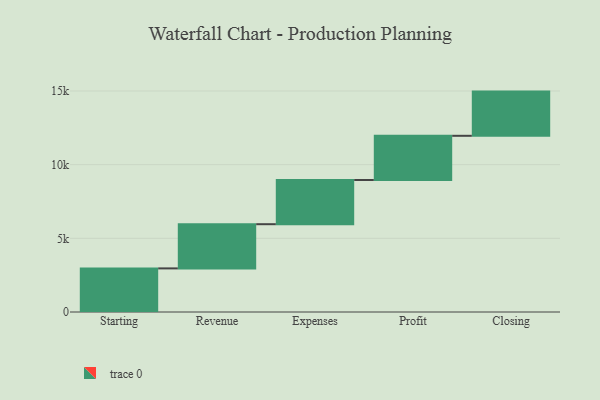
{"axis": {"x": "Step", "y": "Value"}, "legend": [""], "data": [{"x": "Starting", "y": 2959.0, "type": ""}, {"x": "Revenue", "y": 3000, "type": ""}, {"x": "Expenses", "y": 3000, "type": ""}, {"x": "Profit", "y": 3000, "type": ""}, {"x": "Closing", "y": 3000, "type": ""}]}